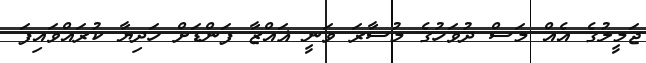
ޖަމީލުގެ އެއް މަސް ދުވަހުގެ މުސާރަ ވަނީ ޣައްޒާ ފަންޑަށް ހަދިޔާ ކުރައްވައިފަ